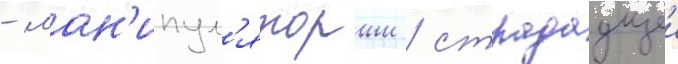
- ман'ипул'яторши / страдаущеи